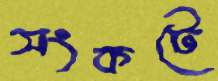
সংকটে